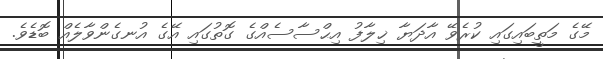
މޭގެ މަތީބައިގައި ކުރެވޭ އާދަޔާ ޚިލާފު އިޙްސާސެއްގެ ގޮތުގައި އޭގެ އުނގެންވާލެއް ބޮޑެވެ.